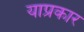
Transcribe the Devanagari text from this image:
याप्रकार